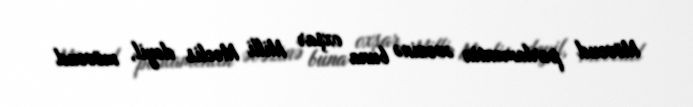
Mövcud parlamentin əvəzinə buna oxşar Milli Məclis deyil, mövcud